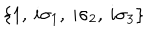
LaTeX: \left\{ 1 , \: i \sigma _ { 1 } , \: i \sigma _ { 2 } , \: i \sigma _ { 3 } \right\}